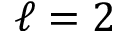
\ell = 2